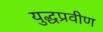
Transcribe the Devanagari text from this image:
युद्धप्रवीण